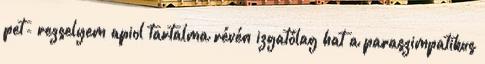
pet- rezselyem apiol tartalma révén izgatólag hat a paraszimpatikus